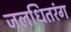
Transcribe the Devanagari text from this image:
जलधितरंग